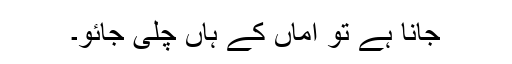
جانا ہے تو اماں کے ہاں چلی جائو۔